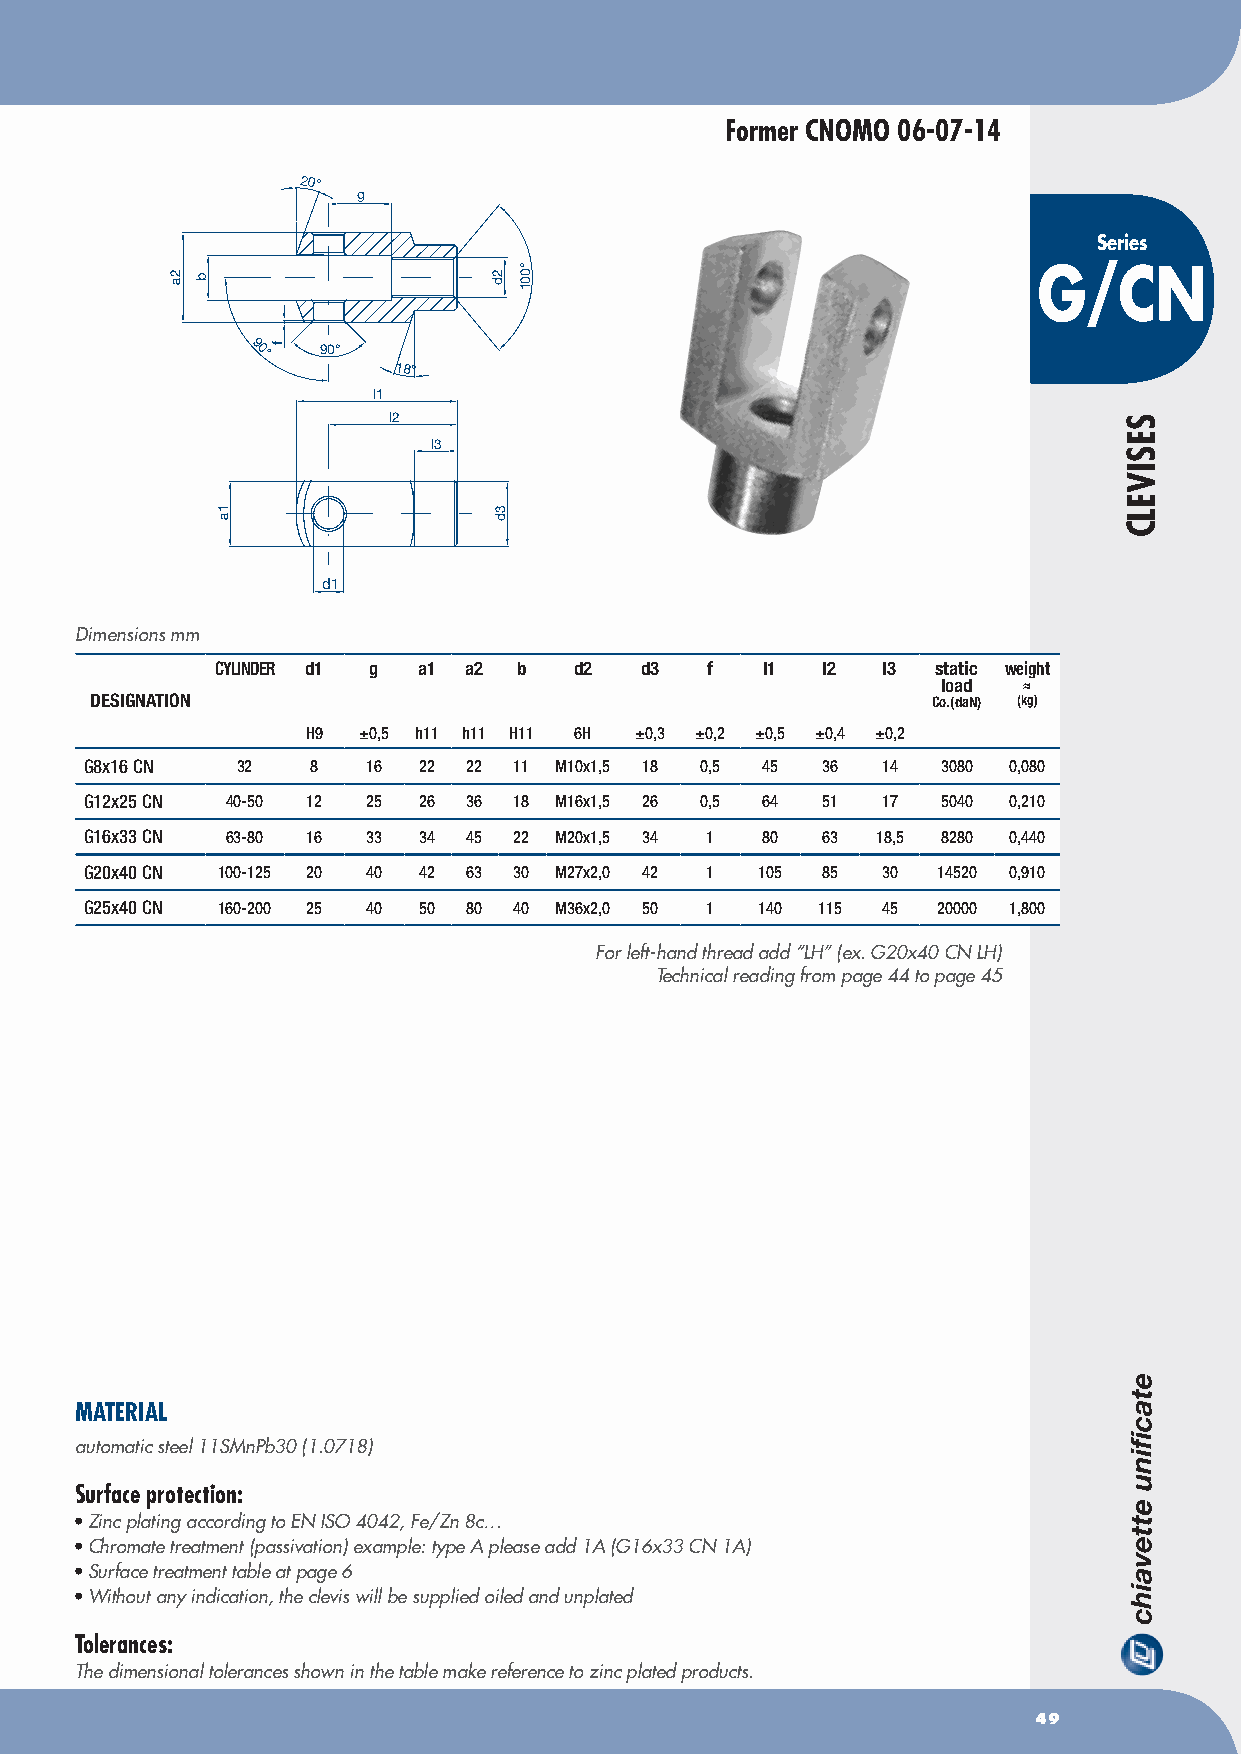
Former CNOMO 06-07-14
 20°
 g
 Series
 G/CN
 90° 90°
 18°
 l1
 l2
 l3
 d1
 Dimensions mm
 CyLINDER d1 g a1 a2 b   d2  d3   f   l1 l2  l3  static weight
 load  ≈
 DESIGNATION                                             Co.(daN) (kg)
 H9  ±0,5 h11 h11 H11 6H ±0,3 ±0,2 ±0,5 ±0,4 ±0,2
 G8x16 CN  32   8  16  22 22 11 M10x1,5 18 0,5 45 36 14  3080 0,080
 G12x25 CN 40-50 12 25 26 36 18 M16x1,5 26 0,5 64 51 17  5040 0,210
 G16x33 CN 63-80 16 33 34 45 22 M20x1,5 34 1 80  63  18,5 8280 0,440
 G20x40 CN 100-125 20 40 42 63 30 M27x2,0 42 1 105 85 30 14520 0,910
 G25x40 CN 160-200 25 40 50 80 40 M36x2,0 50 1 140 115 45 20000 1,800
 For left-hand thread add “LH” (ex. G20x40 CN LH)
 Technical reading from page 44 to page 45
 MATERIAL
 automatic steel 11SMnPb30 (1.0718)
 Surface protection:
 • Zinc plating according to EN ISO 4042, Fe/Zn 8c…
 • Chromate treatment (passivation) example: type A please add 1A (G16x33 CN 1A)
 • Surface treatment table at page 6
 • Without any indication, the clevis will be supplied oiled and unplated
 Tolerances:
 The dimensional tolerances shown in the table make reference to zinc plated products.
 49
 2a
 1a
 f
 2d
 3d
 °001
 SESIVELC